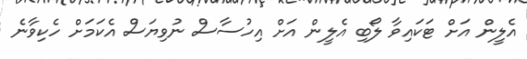
އެލީން އަށް ޓަކައިވާ ލޯބި އެލީން އަށް އިހުސާސް ނުވިޔަސް އެކަމަށް ހެކިވާނެ